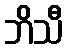
ဘိသီ